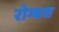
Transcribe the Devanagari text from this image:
रोम्बस